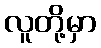
လူတို့မှာ